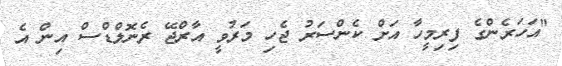
"އަހަރެންގެ ފިރިމީހާ އަށް ކެންސަރު ޖެހި މަރުވީ އާރްޖޭ ރެނޮލްޑްސް އިން އެ